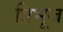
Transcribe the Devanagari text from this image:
त्रिभूज